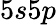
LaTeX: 5s5p